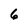
Character: 6